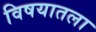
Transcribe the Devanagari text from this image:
विषयातला